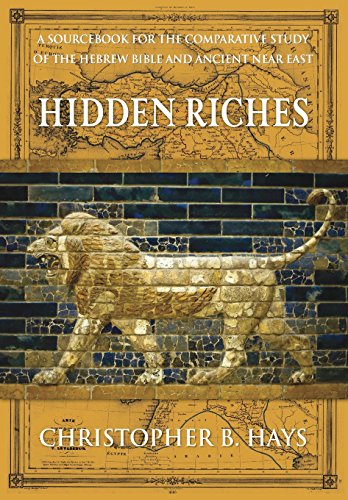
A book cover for Hidden Riches: A Sourcebook for the Comparative Study of the Hebrew Bible and Ancient Near East; Christopher B. Hays; Christian Books & Bibles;